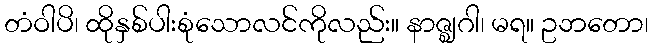
တံဝါပိ၊ ထိုနှစ်ပါးစုံသောလင်ကိုလည်း။ နာဇ္ဈဂါ၊ မရ။ ဥဘတော၊